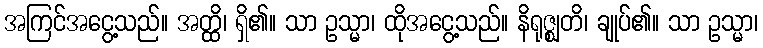
အကြင်အငွေ့သည်။ အတ္ထိ၊ ရှိ၏။ သာ ဥသ္မာ၊ ထိုအငွေ့သည်။ နိရုဇ္ဈတိ၊ ချုပ်၏။ သာ ဥသ္မာ၊